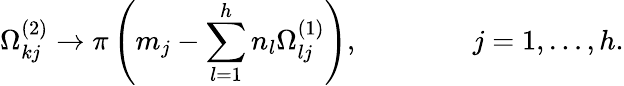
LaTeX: \Omega_{kj}^{(2)}\to\pi\left(m_{j}-\sum_{l=1}^{h}n_{l}\Omega_{lj}^{(1)}\right),\qquad\qquad j=1,\ldots,h.